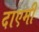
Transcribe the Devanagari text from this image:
दाएमी